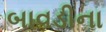
બાવડીના